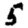
Digit: 5